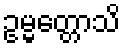
ဥမ္မတ္တောသိ